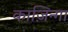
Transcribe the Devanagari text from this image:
काज़िन्गा